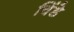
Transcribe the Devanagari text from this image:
विंडे